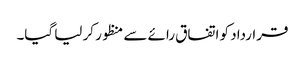
قرارداد کو اتفاق رائے سے منظور کر لیا گیا۔